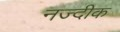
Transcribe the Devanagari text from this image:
नज्दीक